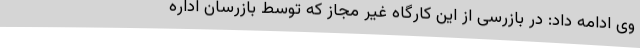
وی ادامه داد: در بازرسی از این کارگاه غیر مجاز که توسط بازرسان اداره